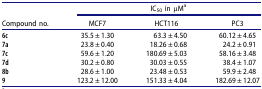
<table><thead><tr><td><b> </b></td><td colspan="3"><b>IC<sub>50</sub> in μM<sup>a</sup></b></td></tr><tr><td><b>Compound no.</b></td><td><b>MCF7</b></td><td><b>HCT116</b></td><td><b>PC3</b></td></tr></thead><tbody><tr><td><b>6c</b></td><td>35.5 ± 1.30</td><td>63.3 ± 4.50</td><td>60.12 ± 4.65</td></tr><tr><td><b>7a</b></td><td>23.8 ± 0.40</td><td>18.26 ± 0.68</td><td>24.2 ± 0.91</td></tr><tr><td><b>7c</b></td><td>59.6 ± 1.20</td><td>180.69 ± 5.03</td><td>58.16 ± 3.48</td></tr><tr><td><b>7d</b></td><td>30.2 ± 0.80</td><td>30.03 ± 0.55</td><td>38.4 ± 1.07</td></tr><tr><td><b>8b</b></td><td>28.6 ± 1.00</td><td>23.48 ± 0.53</td><td>59.9 ± 2.48</td></tr><tr><td><b>9</b></td><td>123.2 ± 12.00</td><td>151.33 ± 4.04</td><td>182.69 ± 12.07</td></tr></tbody></table>